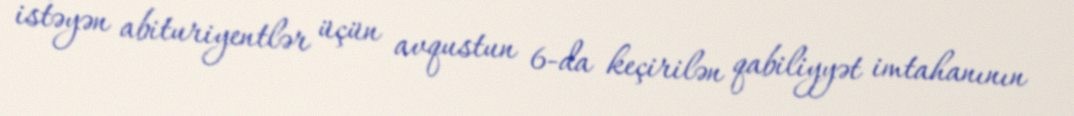
istəyən abituriyentlər üçün avqustun 6-da keçirilən qabiliyyət imtahanının